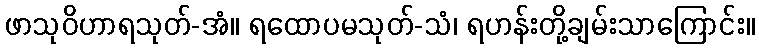
ဖာသုဝိဟာရသုတ်-အံ။ ရထောပမသုတ်-သံ၊ ရဟန်းတို့ချမ်းသာကြောင်း။